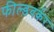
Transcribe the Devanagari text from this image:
फील्डवर्कर